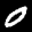
Label: 0